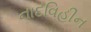
નાદવિહીન